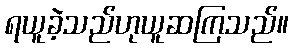
ရယူခဲ့သည်ဟုယူဆကြသည်။